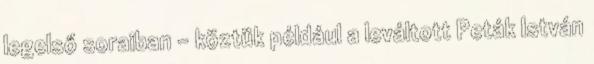
legelső soraiban – köztük például a leváltott Peták István